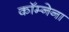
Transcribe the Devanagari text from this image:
कॉम्नेना